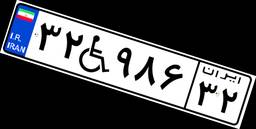
۲۳W۱۸۷۶۰